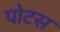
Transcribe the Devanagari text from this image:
पोटस